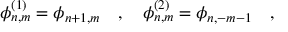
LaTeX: \phi _ { n , m } ^ { ( 1 ) } = \phi _ { n + 1 , m } ~ ~ ~ , ~ ~ ~ \phi _ { n , m } ^ { ( 2 ) } = \phi _ { n , - m - 1 } ~ ~ ~ ,